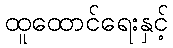
ထူထောင်ရေးနှင့်